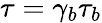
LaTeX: \tau=\gamma_{b}\tau_{b}